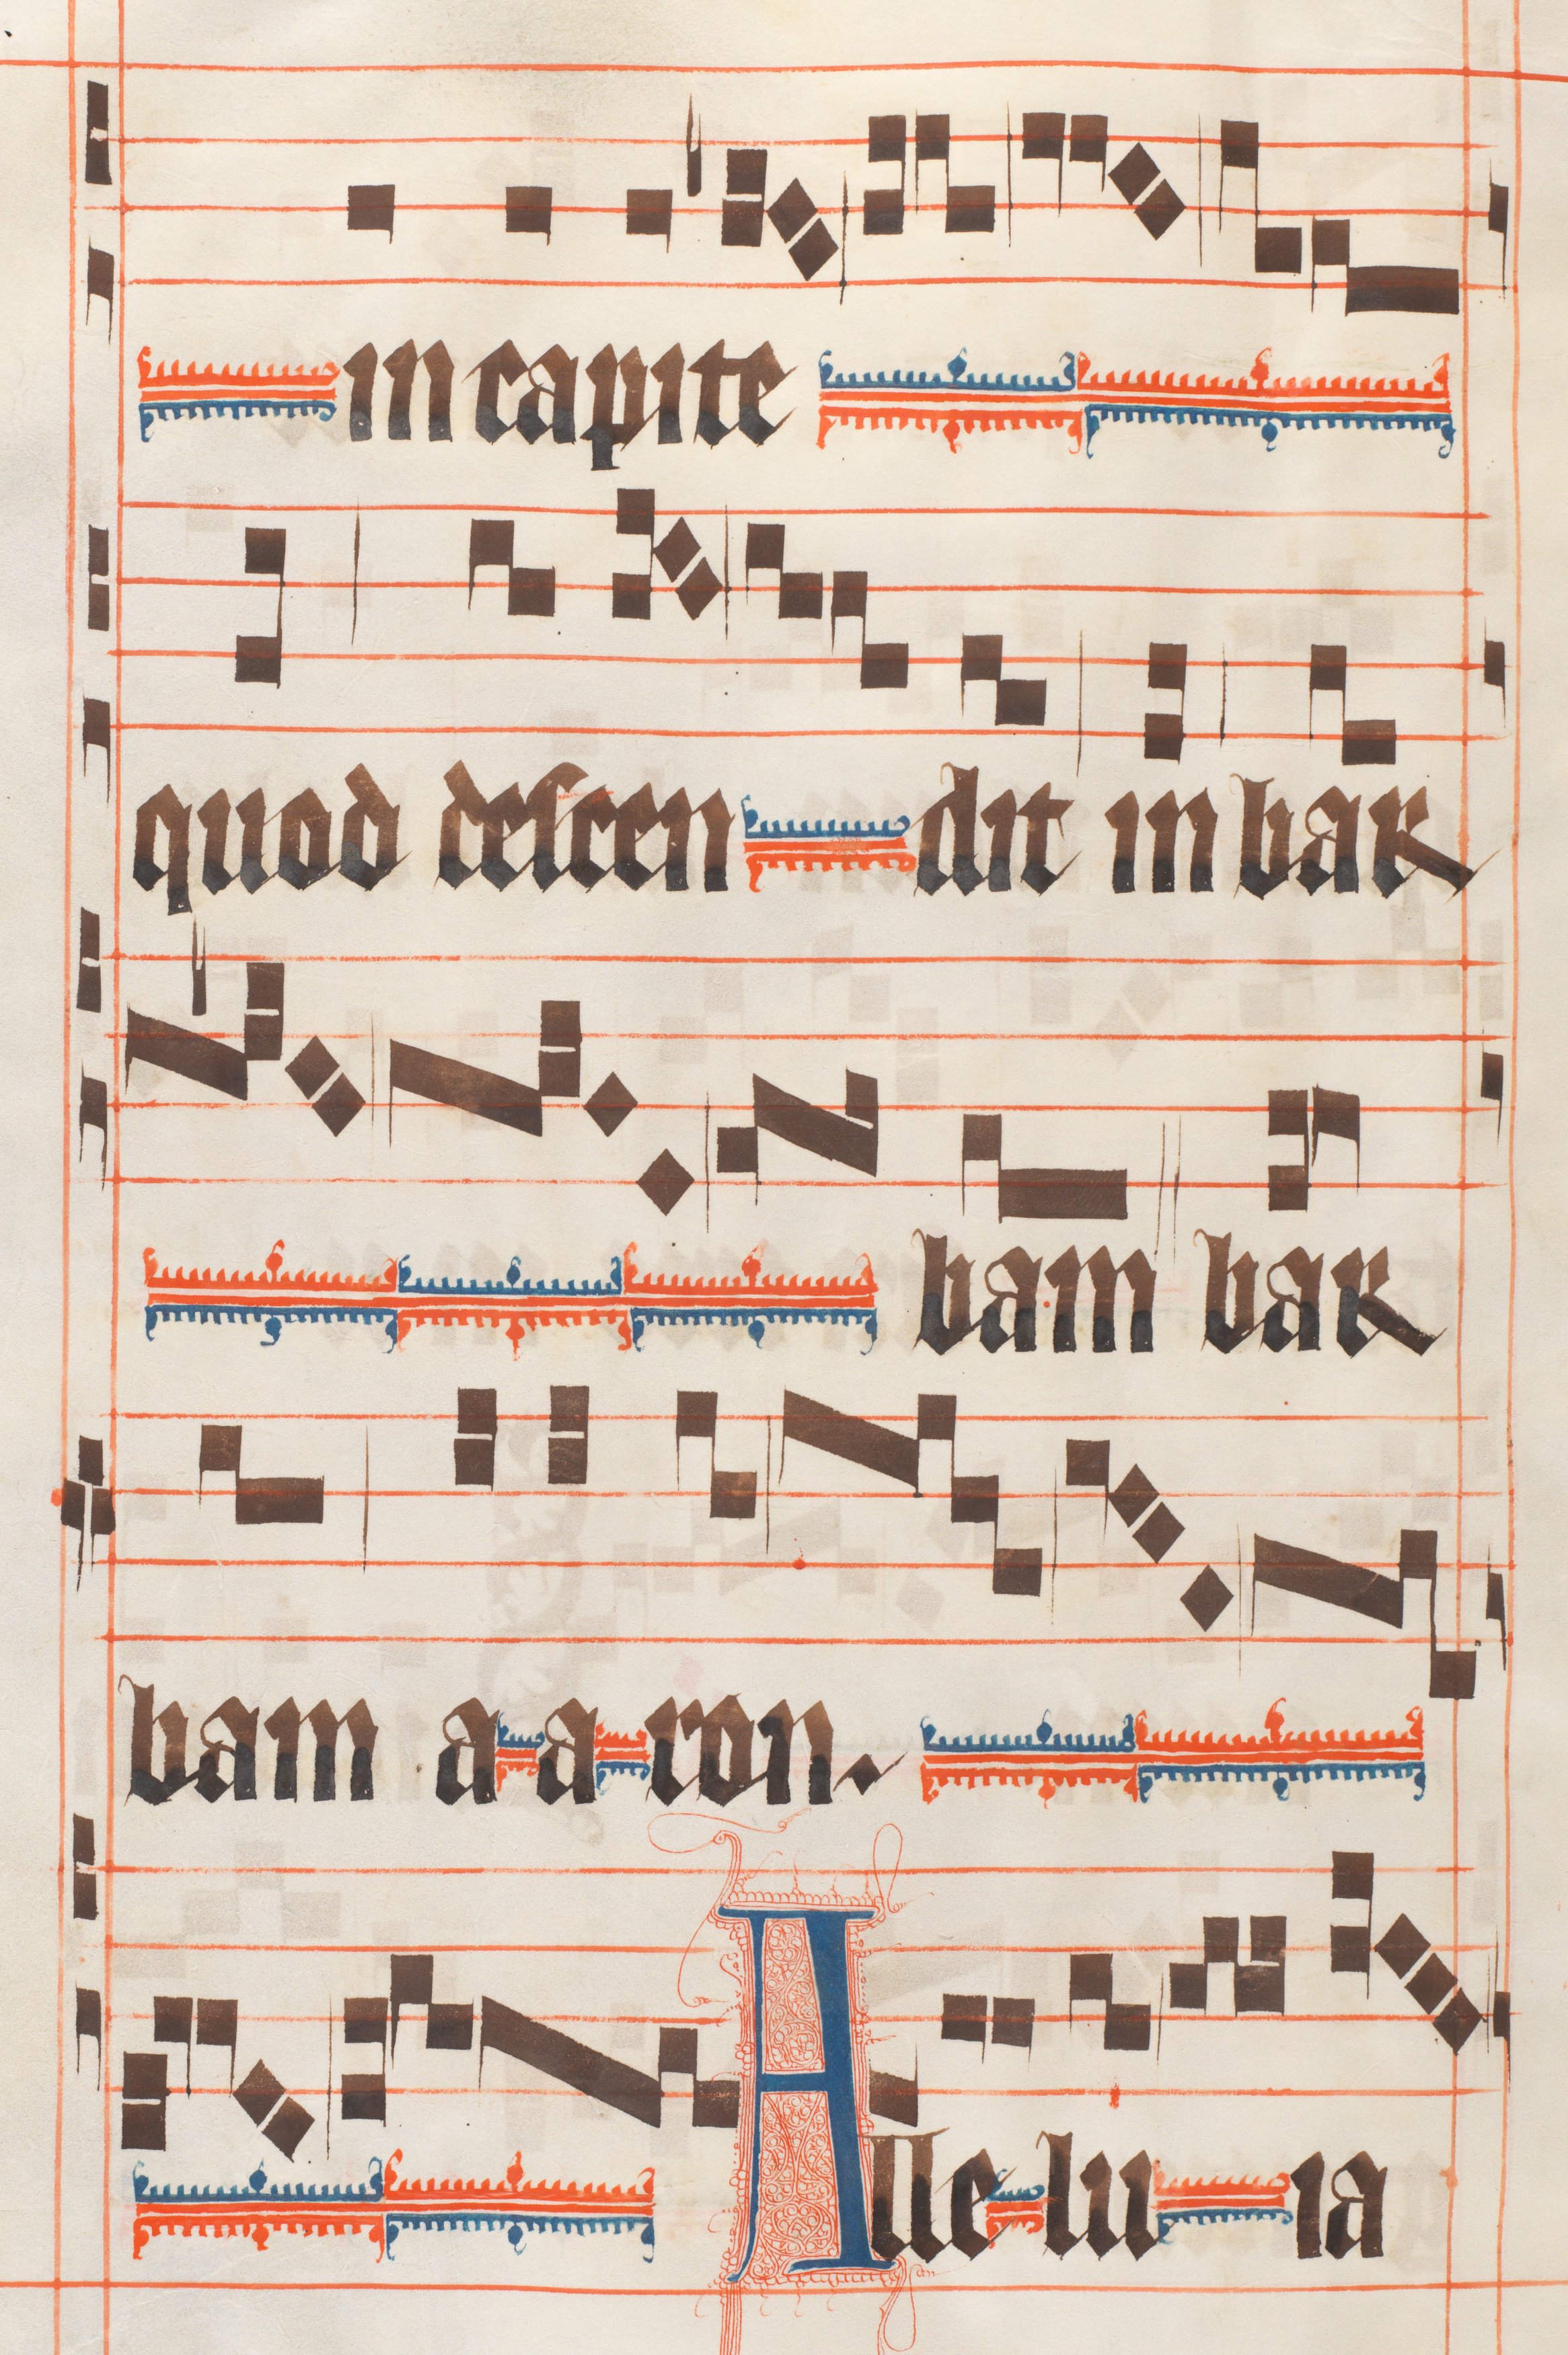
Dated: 1330–1335